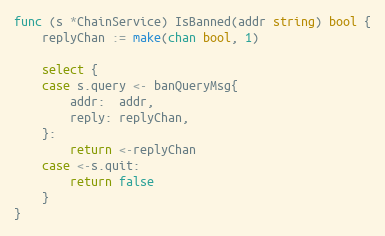
Language: Go
func (s *ChainService) IsBanned(addr string) bool {
	replyChan := make(chan bool, 1)

	select {
	case s.query <- banQueryMsg{
		addr:  addr,
		reply: replyChan,
	}:
		return <-replyChan
	case <-s.quit:
		return false
	}
}